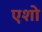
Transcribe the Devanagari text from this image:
एशो